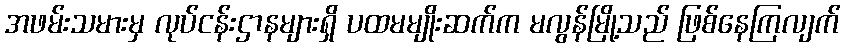
အဖမ်းသမားမှ လုပ်ငန်းဌာနများရှိ ပထမမျိုးဆက်က မလွန်မြို့သည် ဖြစ်နေကြလျက်